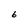
Character: b